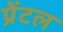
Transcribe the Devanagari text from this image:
प्रेंटल